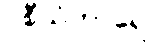
ဝစီသံဟာရော